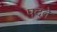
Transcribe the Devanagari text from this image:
पदते